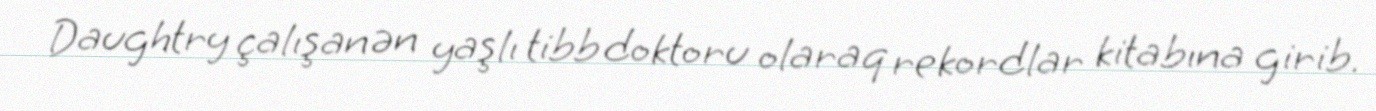
Daughtry çalışan ən yaşlı tibb doktoru olaraq rekordlar kitabına girib.